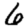
Digit: 6